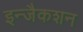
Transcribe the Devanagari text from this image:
इन्जैकशन